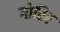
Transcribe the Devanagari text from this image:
गोरिर